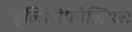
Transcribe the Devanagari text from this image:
इलिसिफोलियस